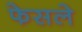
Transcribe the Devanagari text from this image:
फेसले